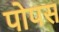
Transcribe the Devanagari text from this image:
पोपस